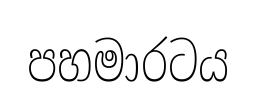
පහමාරටය